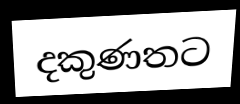
දකුණතට